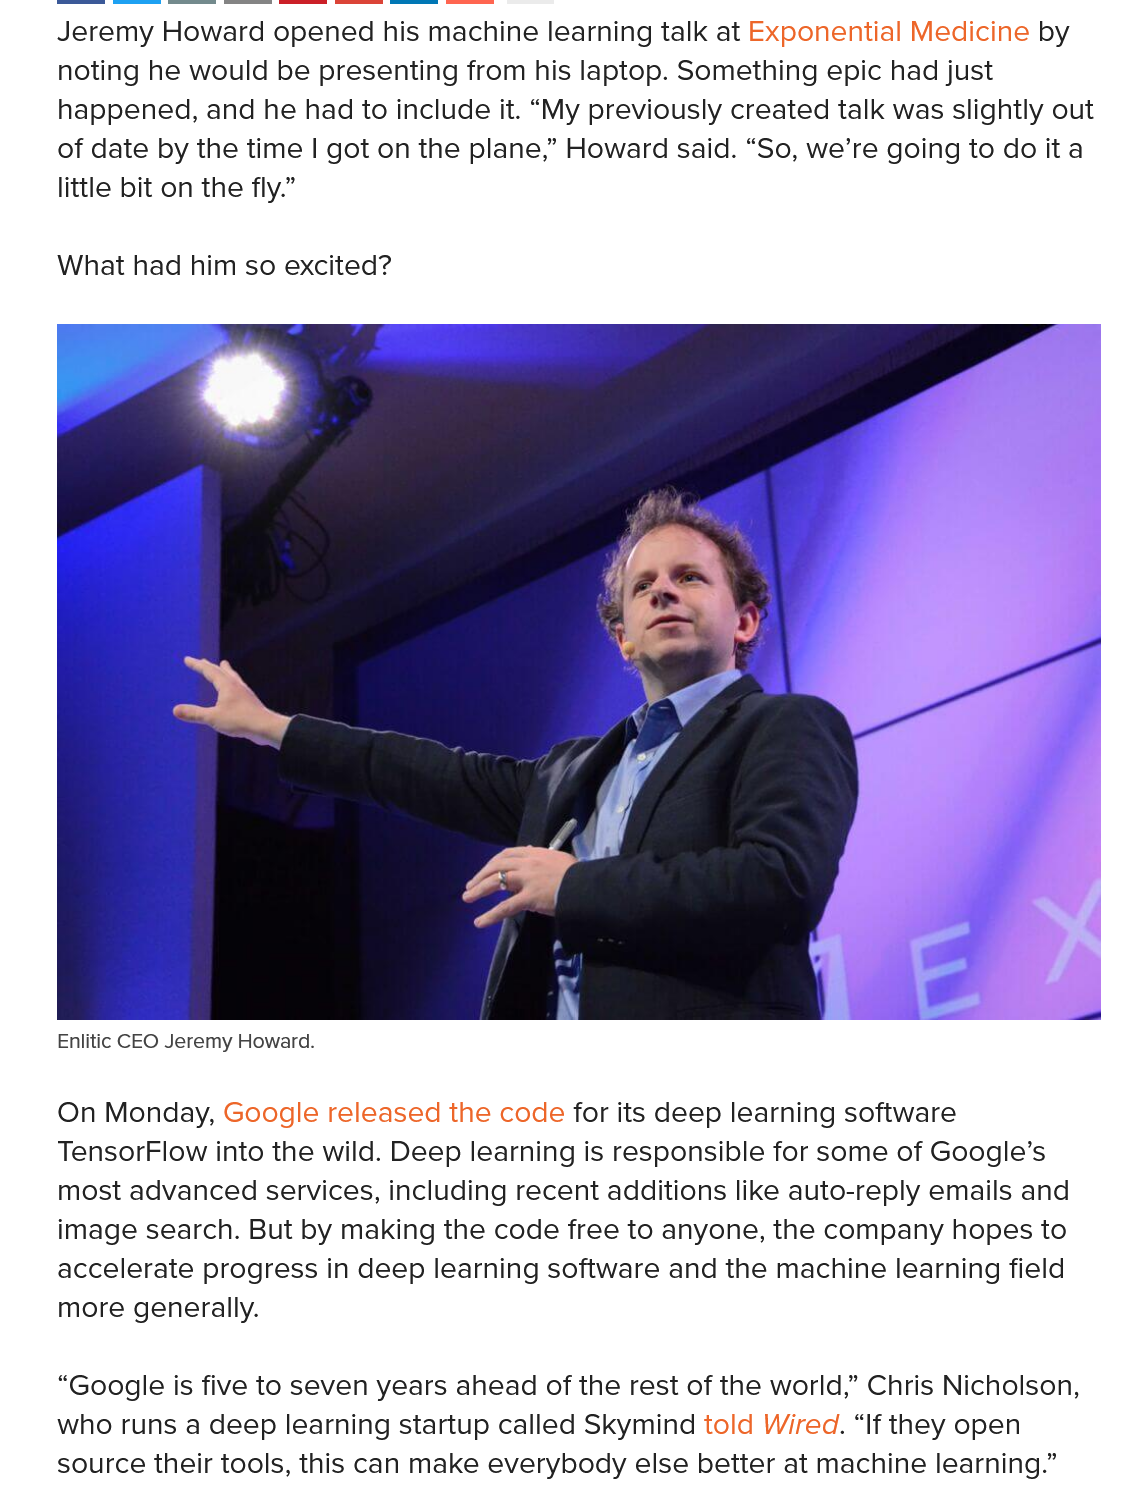
Jeremy  Howard opened his machine learning talk at Exponential Medicine by
    noting he would be presenting from his laptop. Something epic had just
    happened, and he had to include it. “My previously created talk was slightly out
    of date by the time | got on the plane,” Howard said. “So, we’re going to do ita
    little bit on the fly.”
    What  had him so excited?
    On  Monday, Google released the code for its deep learning software
    TensorFlow into the wild. Deep learning is responsible for some of Google’s
    most advanced services, including recent additions like auto-reply emails and
    image search. But by making the code free to anyone, the company hopes to
    accelerate progress in deep learning software and the machine learning field
    more  generally.
    “Google is five to seven years ahead of the rest of the world,” Chris Nicholson,
    who  runs a deep learning startup called Skymind told Wired. “If they open
    source their tools, this can make everybody else better at machine learning.”
    Enlitic CEO Jeremy Howard.